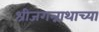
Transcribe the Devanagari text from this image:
श्रीजगन्नाथाच्या